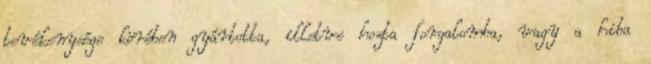
tevékenysége körében gyártotta, illetve hozta forgalomba, vagy a hiba